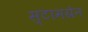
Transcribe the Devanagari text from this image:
स्टामग्रेन